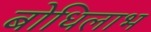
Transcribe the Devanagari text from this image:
बोधिलाभ